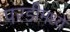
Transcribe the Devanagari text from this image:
परडीमध्ये